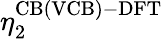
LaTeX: \eta_{2}^{\mathrm{CB(VCB)-DFT}}